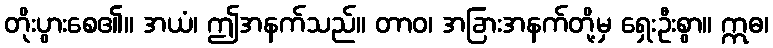
တိုးပွားစေ၏။ အယံ၊ ဤအနက်သည်။ တာဝ၊ အခြားအနက်တို့မှ ရှေးဦးစွာ။ ဣဓ၊